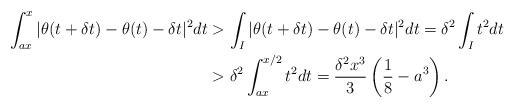
LaTeX: \begin{align*}\int_{ax}^{x} | \theta(t+\delta t) - \theta(t) - \delta t|^2 dt &> \int_I | \theta(t+\delta t) - \theta(t) - \delta t|^2 dt = \delta^2 \int_I t^2 dt \\&> \delta^2\int_{ax}^{x/2} t^2 dt = \frac{\delta^2 x^3}{3} \left( \frac{1}{8} - a^3 \right).\end{align*}